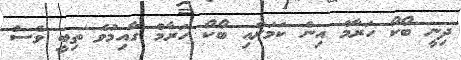
ދިނީ ބޯކޯ ހަރާމް އިން ކަމަށާއި ބޯކޯ ހަރާމް ގާއިމުވެ ތިބީ ވެސް